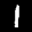
Label: 1